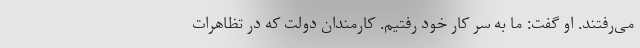
می‌رفتند. او گفت: ما به سر کار خود رفتیم. کارمندان دولت که در تظاهرات